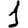
Digit: 1